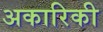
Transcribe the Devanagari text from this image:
अकारिकी